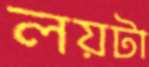
লয়টা